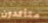
متأكدون